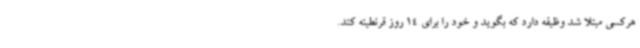
هرکسی مبتلا شد وظیفه دارد که بگوید و خود را برای 14 روز قرنطینه کند.